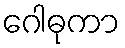
ဂေါဓုကာ